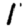
Digit: 1